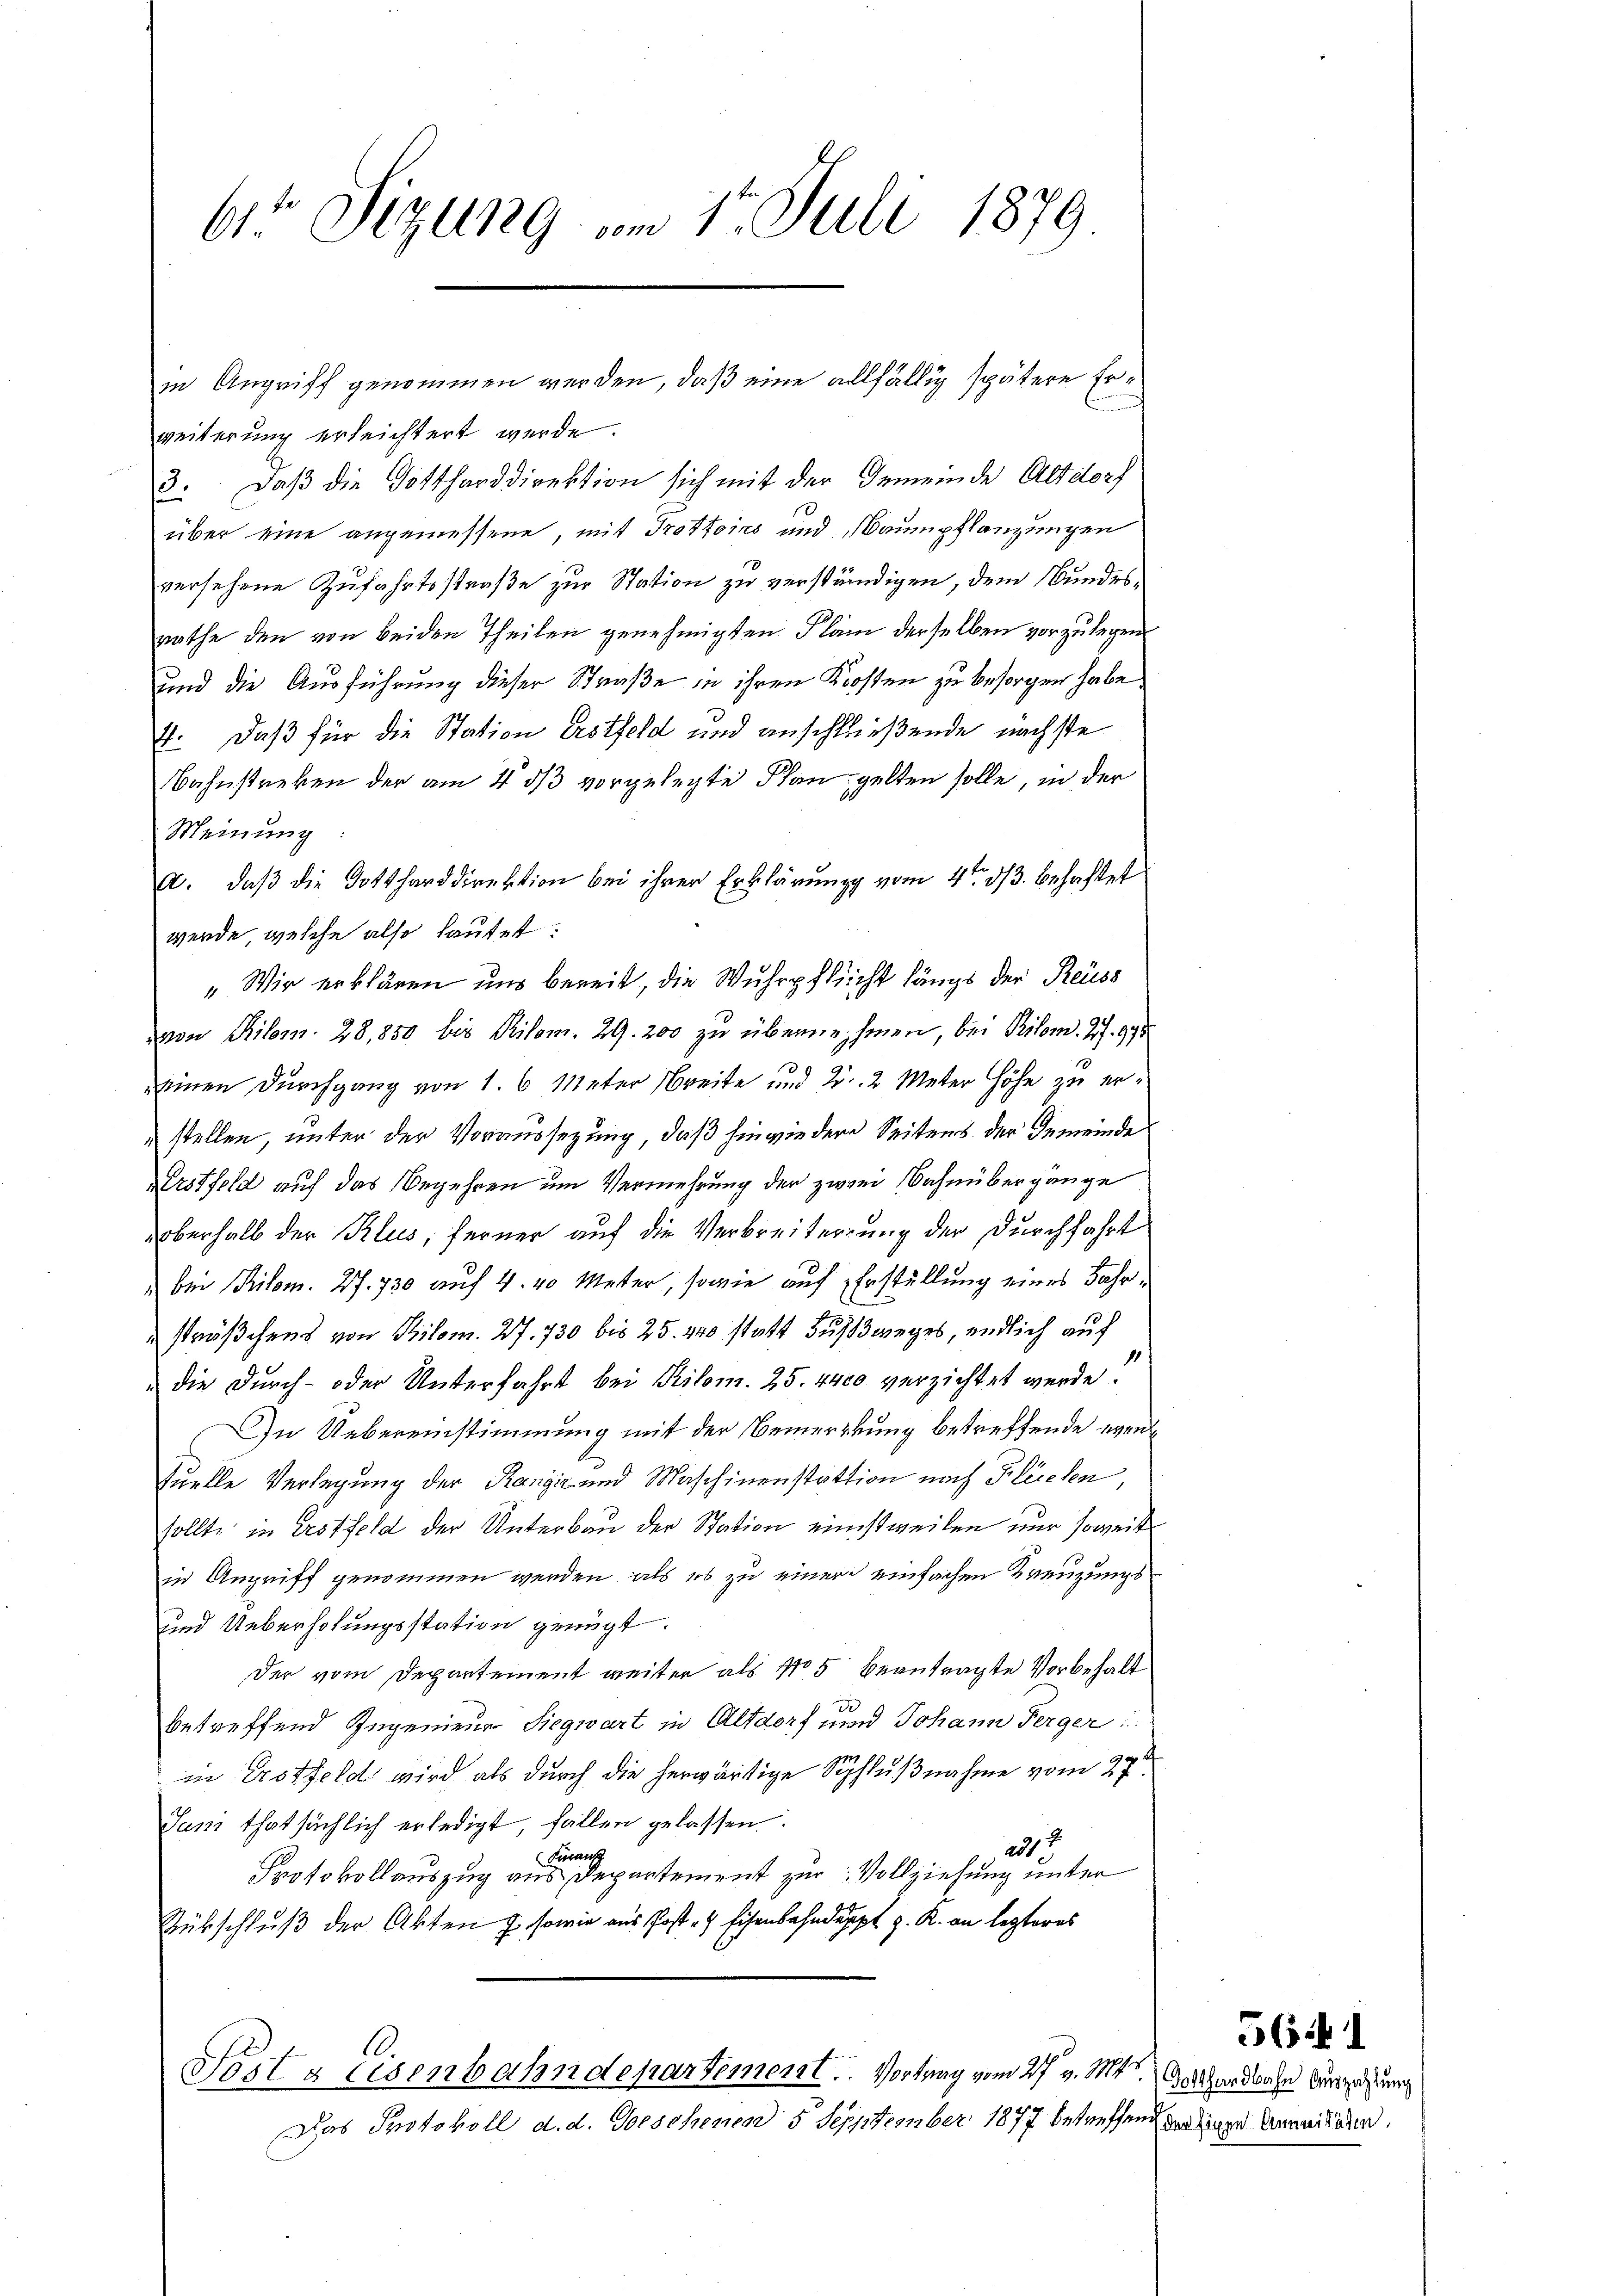
6t Sizung im 15. Juli 1879

weiterung erleichtert werde.
8. Daß die Gottharddirektion sich mit der Gemeinde Altdorf
über eine angemessene, mit Trottoirs und Baumpflanzungen
versehene Zufahrtsstraße zur Station zu verständigen, dem Bundesrathe den von beiden Theilen genehmigten Plan derselben vorzulegen
und die Ausführung dieser Straße in ihren Kosten zu besorgen habe
7. Daß für die Station Erstfeld und anschließende nächste
Bahnstreken der am 4. ds vorgelegte Plan gelten solle, in der
Meinung
A. daß die Gottharddirektion bei ihrer Erklärung vom 4ten d. behaftet
werde, welche also lautet:
„Wir erklären und bereit, die Wuhrpflicht längs der Reuss
von Kilom. 28,850 bis Pilom. 29. 200 zu übernehmen, bei Kilom. Jos. 97:
einen Durchgang von 1. 6 Meter Breite und 2. 2 Meter Höhe zu erstellen, unter der Voraussezung, daß hinwiedere Seitens der Gemeinde
Krstfeld auf das Begehren um Vermehrung der zwei Bahnübergänge
Überhalb der Klus, ferner auf die Verbreiterung der Durchfahrt
bei Kilom. 27. 730 auf 4. 40 Meter, sowie auf Erstellung eines Jahr
sträßchens von Pilom. 27. 730 bis 25. 240 statt Fussweges, endlich auf
 die Durch- oder Unterfahrt bei Kilom. 25. 4400 verzichtet werde.
In Uebereinstimmung mit der Bemerckung betreffende wenn
Quelle Verlegung der Rangiz und Maschinenstation noch Flüchen,
sollte in Erstfeld der Unterbau der Station einstweilen nur soweit
in Angriff genommen werden, als es zu einer einfachen Kreuzungs¬
und Ueberholungsstation genügt.
Der vom Departement weiter als No 5 beantragte Vorbehalt
d
betreffend Ingenieur Siegwart in Altdorf und Johann Ferger
in Erotfeld wird als durch die herwärtige Schlußnahme vom 27.
Juni thatsächlich erledigt, fällen gelassen.
23 x
Finanz
Protokollauszug aus Departement zur Vollziehung unter
Rückschluß der Akten J. sowie aus Post- & Eisenbahndeppt z. R. an letzteres

in Angriff genommen werden, daß eine allfällig spätere Er¬

Post & Eisenbahndepartement. Vortrag vom 27. v. 145

2f 0
Das Protokoll d. d. Geschenen 5 Sepptember 1877 betreffend der einen Anweiteren,

561

Gotthardbahn Auszahlung